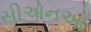
સીએનઓ